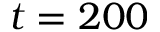
t = 2 0 0